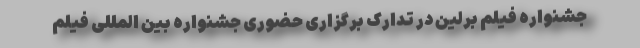
جشنواره فیلم برلین در تدارک برگزاری حضوری جشنواره بین المللی فیلم